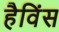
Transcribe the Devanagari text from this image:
हैविंस